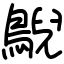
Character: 鶃